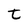
Character: t